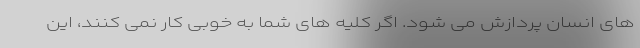
های انسان پردازش می شود. اگر کلیه های شما به خوبی کار نمی کنند، این